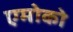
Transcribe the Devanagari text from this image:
एमोको